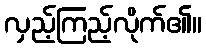
လှည့်ကြည့်လိုက်၏။